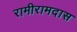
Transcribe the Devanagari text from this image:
रामीरामदास